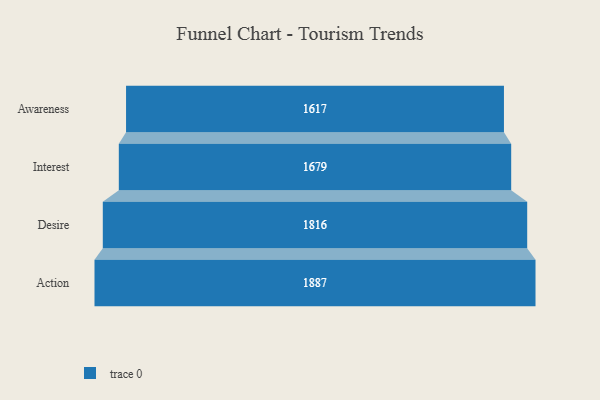
{"axis": {"x": "Stage", "y": "Value"}, "legend": [""], "data": [{"x": "Awareness", "y": 1617.0, "type": ""}, {"x": "Interest", "y": 1679.0, "type": ""}, {"x": "Desire", "y": 1816.0, "type": ""}, {"x": "Action", "y": 1887.0, "type": ""}]}